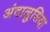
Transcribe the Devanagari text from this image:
अंदालुसिया